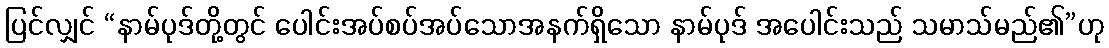
ပြင်လျှင် “နာမ်ပုဒ်တို့တွင် ပေါင်းအပ်စပ်အပ်သောအနက်ရှိသော နာမ်ပုဒ် အပေါင်းသည် သမာသ်မည်၏”ဟု